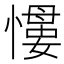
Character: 𢡌